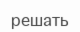
решать